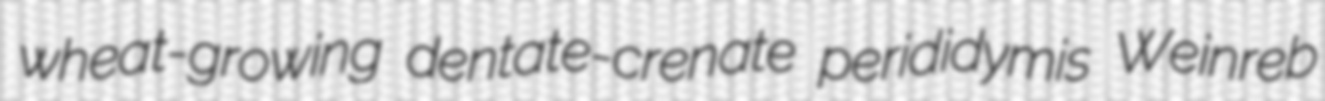
wheat-growing dentate-crenate perididymis Weinreb